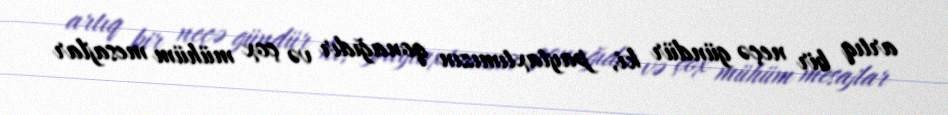
artıq bir neçə gündür ki, paytaxtımızın qonağıdır və çox mühüm mesajlar